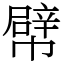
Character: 幦